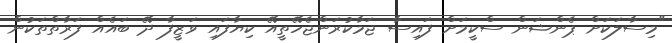
"މިސާލަކަށް ޕެންޝަން ސްކީމަށް ފައިސާ ޖަމާކުރަންޖެހޭތީއޭ ކިޔާފައި ވަޒީފާ ދޭ ބައެއް ފަރާތްތަކުން